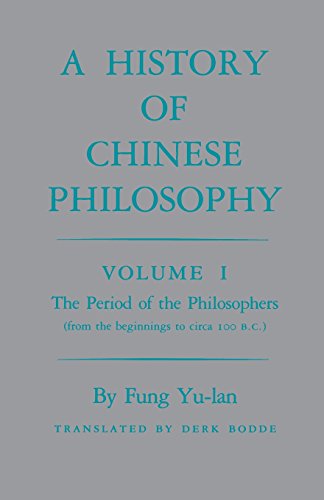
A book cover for A History of Chinese Philosophy, Vol. 1: The Period of the Philosophers (from the Beginnings to Circa 100 B. C.); Yu-lan Fung; Religion & Spirituality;